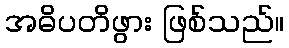
အဓိပတိဖွား ဖြစ်သည်။